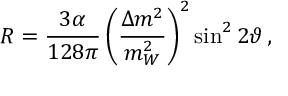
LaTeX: R = \frac { 3 \alpha } { 1 2 8 \pi } \left( \frac { \Delta { m } ^ { 2 } } { m _ { W } ^ { 2 } } \right) ^ { 2 } \sin ^ { 2 } 2 \vartheta \, ,